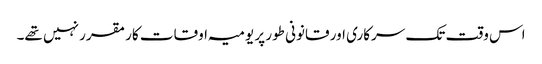
اس وقت تک سرکاری اور قانونی طور پر یومیہ اوقات کار مقرر نہیں تھے۔